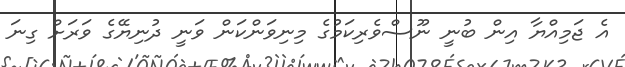
އެ ޖަމިއްޔާ އިން ބުނީ ނޫސްވެރިކަމުގެ މިނިވަންކަން ވަނީ ދުނިޔޭގެ ވަރަށް ގިނަ